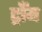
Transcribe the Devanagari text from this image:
ट्राँय